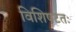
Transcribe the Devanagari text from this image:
विशिषटतः